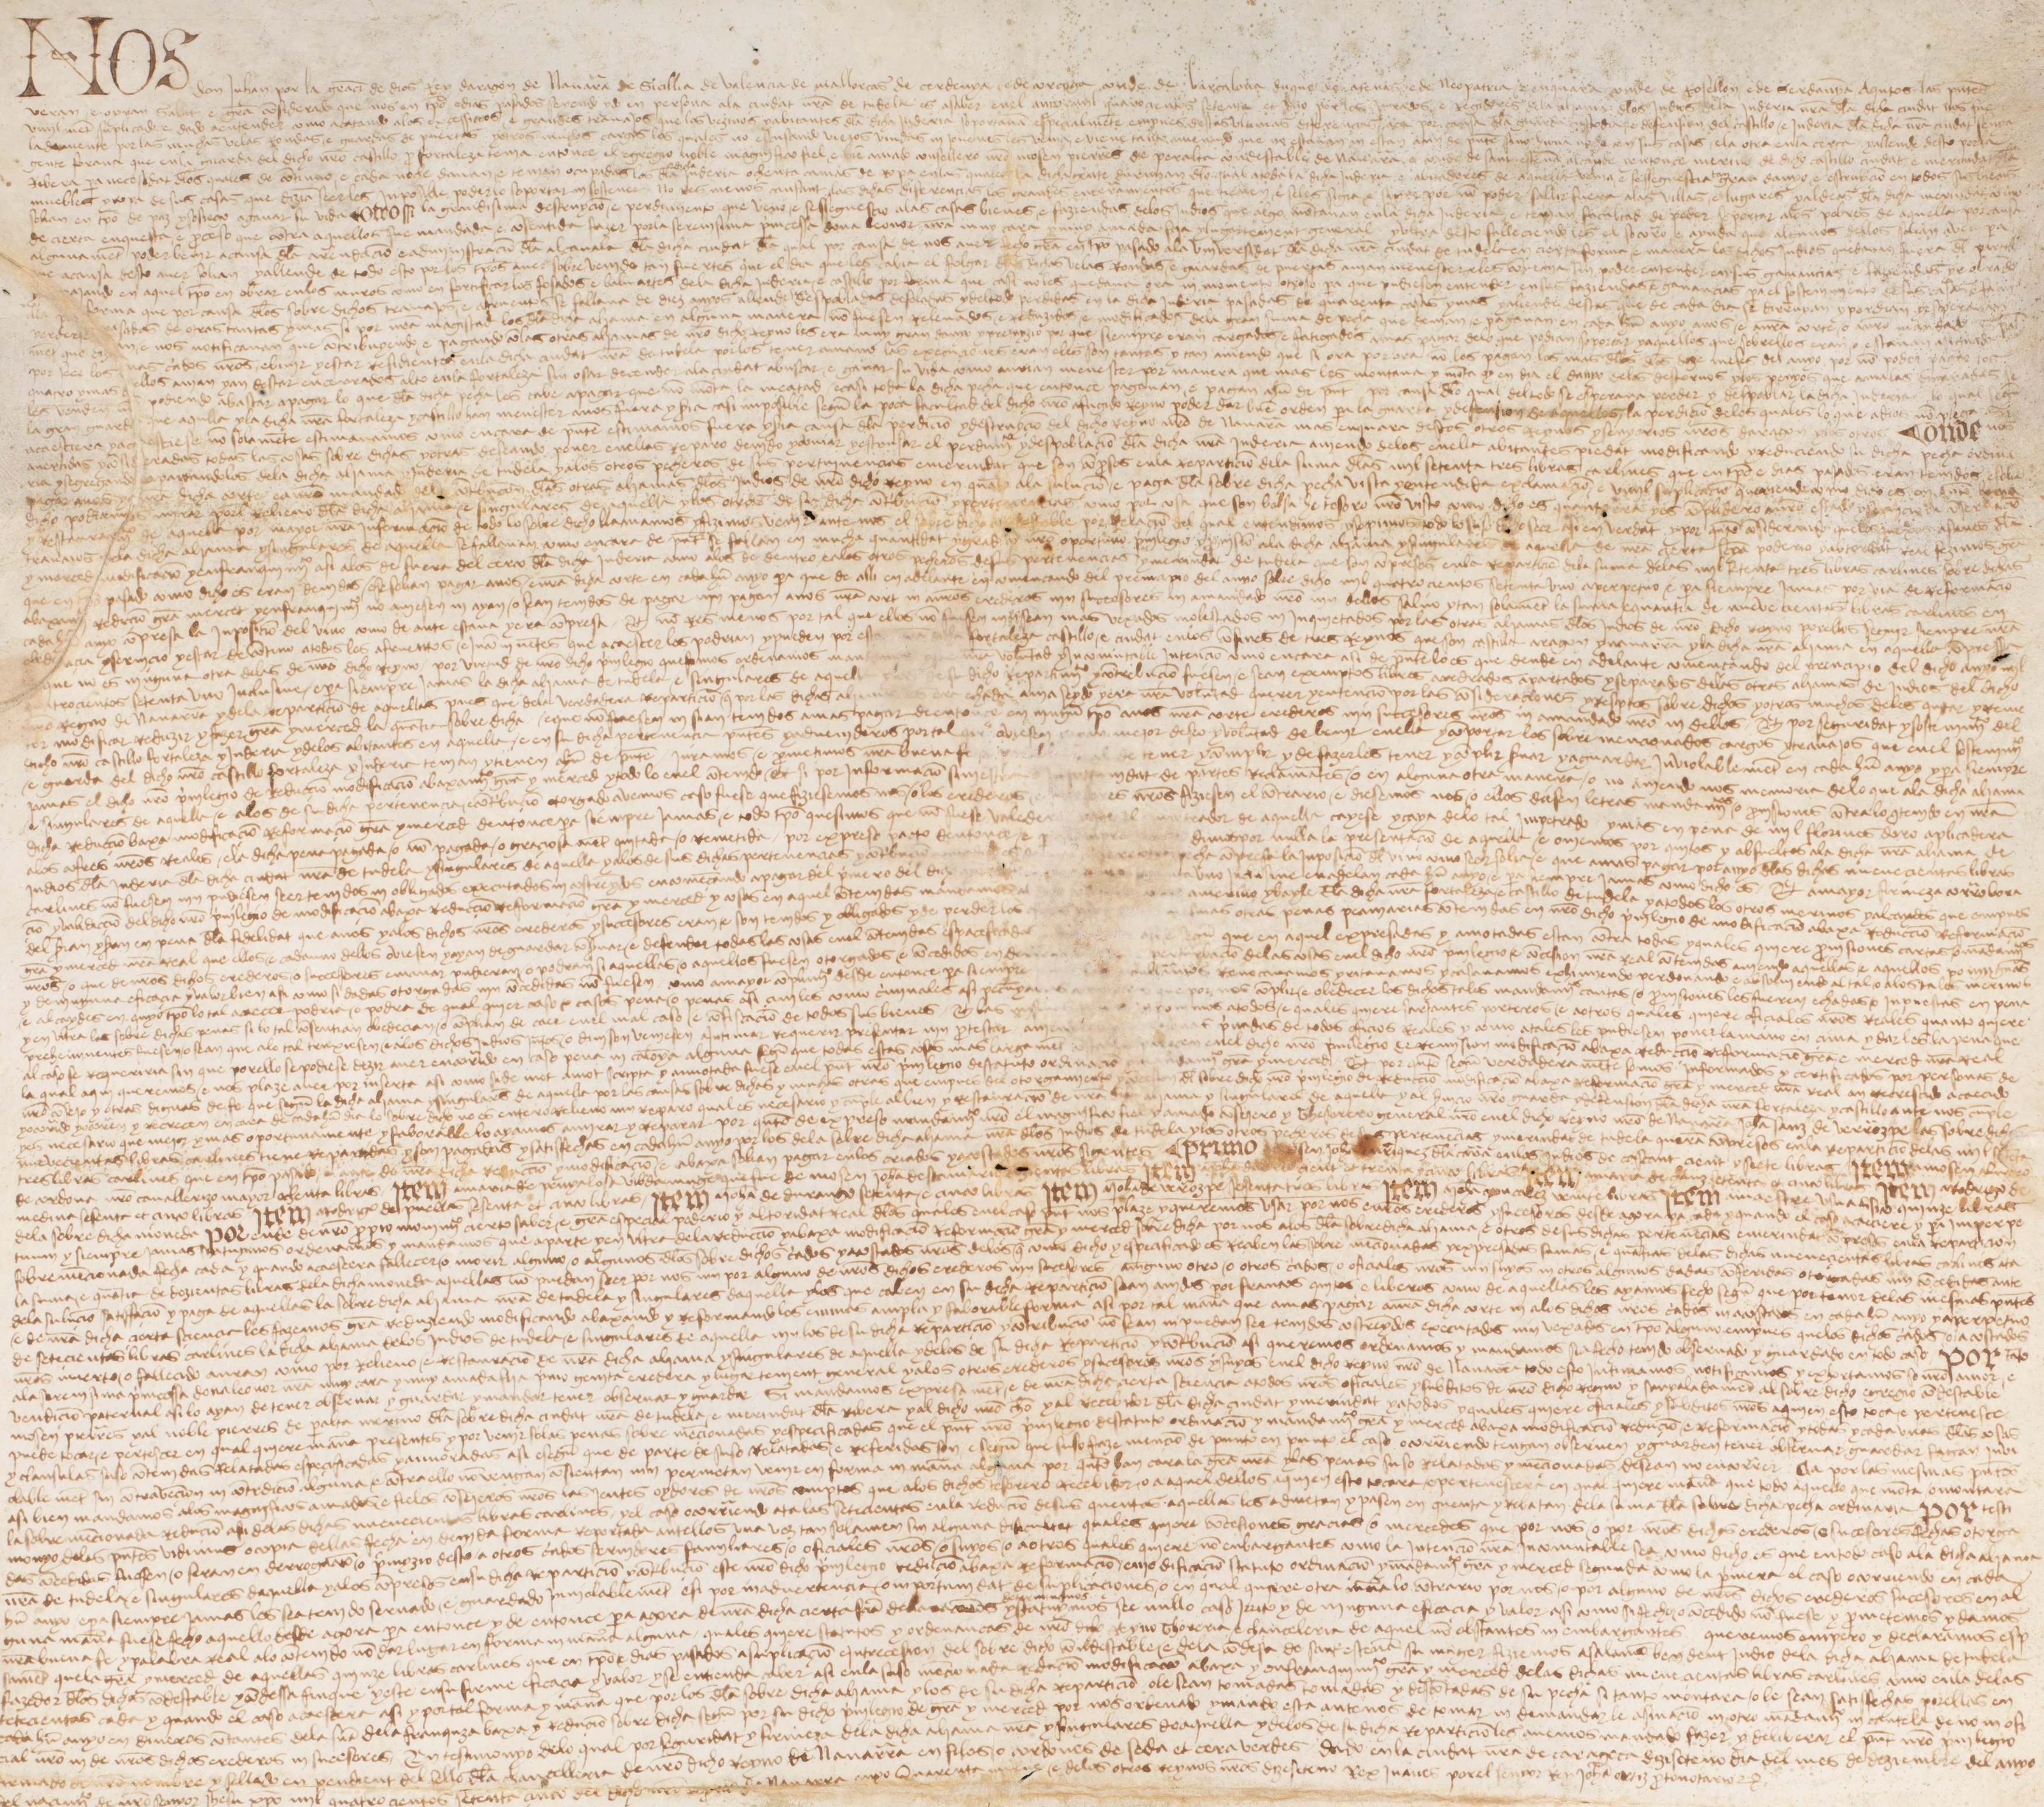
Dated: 1475–1475